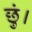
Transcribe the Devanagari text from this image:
छुं।